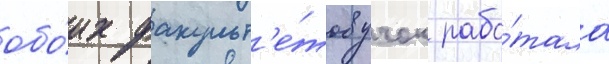
обо́их факульт'е́тов учок рабо́тала